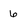
Character: 6